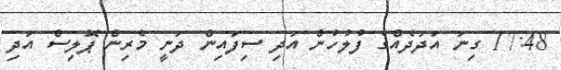
17:48 ގިނަ އަދަދެއްގެ ފުލުހުން އަދި ސިފައިން ދަނީ މެރިން ޕޮލިސް އަދި